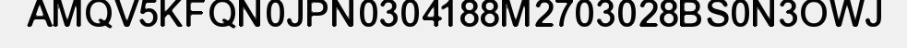
AMQV5KFQN0JPN0304188M2703028BS0N3OWJ